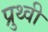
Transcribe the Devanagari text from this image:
प्रुथ्वी